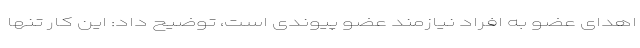
اهدای عضو به افراد نیازمند عضو پیوندی است، توضیح داد: این کار تنها